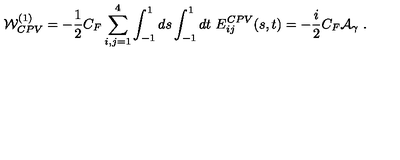
{ \cal W } _ { C P V } ^ { ( 1 ) } = - { \frac { 1 } { 2 } } C _ { F } \sum _ { i , j = 1 } ^ { 4 } \int _ { - 1 } ^ { 1 } d s \int _ { - 1 } ^ { 1 } d t \ E _ { i j } ^ { C P V } ( s , t ) = - { \frac { i } { 2 } } C _ { F } { \cal A } _ { \gamma } \ .